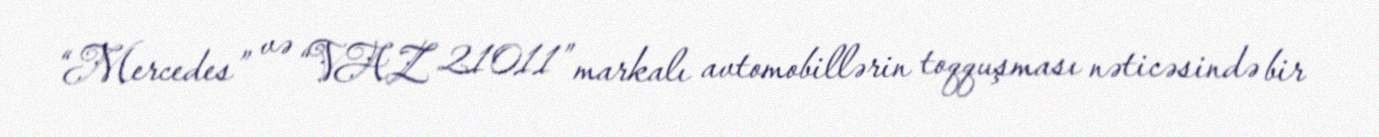
“Mercedes” və “VAZ 21011” markalı avtomobillərin toqquşması nəticəsində bir